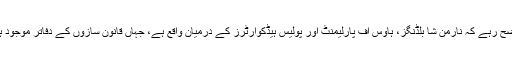
واضح رہے کہ نارمن شا بلڈنگز، ہاؤس آف پارلیمنٹ اور پولیس ہیڈکوارٹرز کے درمیان واقع ہے، جہاں قانون سازوں کے دفاتر موجود ہیں۔